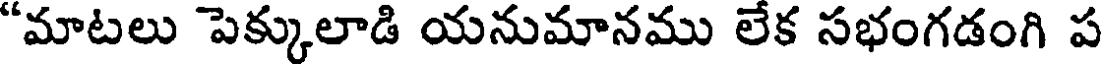
"మాటలు పెక్కులాడి యనుమానము లేక సభంగడంగి ప